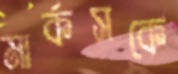
মার্কসকে